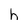
Character: h